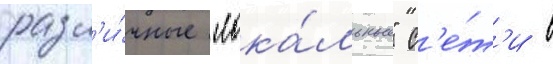
разл'и́чные "лока́льные" с'е́т'и в